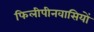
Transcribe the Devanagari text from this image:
फिलीपीनवासियों